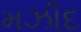
મઝીદ